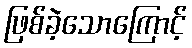
ဖြစ်ခဲ့သောကြောင့်